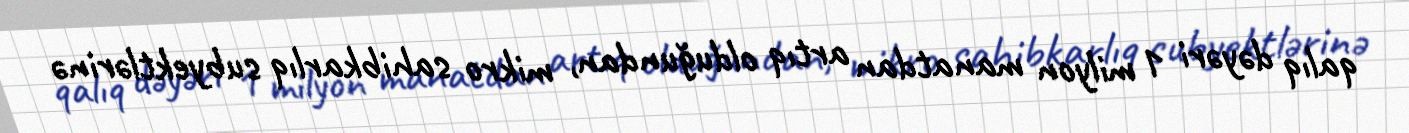
qalıq dəyəri 1 milyon manatdan artıq olduğundan, mikro sahibkarlıq subyektlərinə